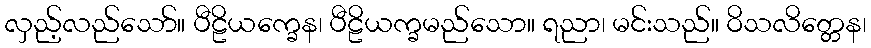
လှည့်လည်သော်။ ပီဠိယက္ခေန၊ ပီဠိယက္ခမည်သော။ ရညာ၊ မင်းသည်။ ဝိသလိတ္တေန၊